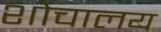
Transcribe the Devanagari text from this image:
शोचालय